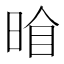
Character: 𭦍